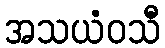
အသယံဝသီ